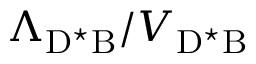
\Lambda _ { \mathrm { D ^ { \star } B } } / V _ { \mathrm { D ^ { \star } B } }